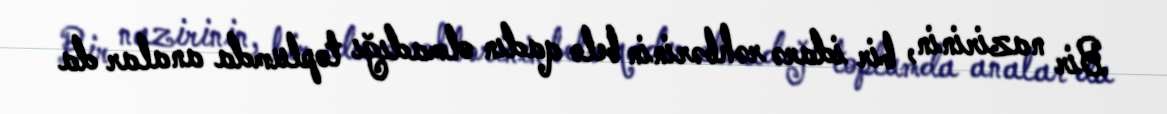
Bir nazirinin, bir idarə rəhbərinin belə qadın olmadığı toplumda analar da